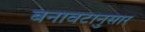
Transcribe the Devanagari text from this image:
बनावटानुसार